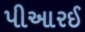
પીઆરઈ